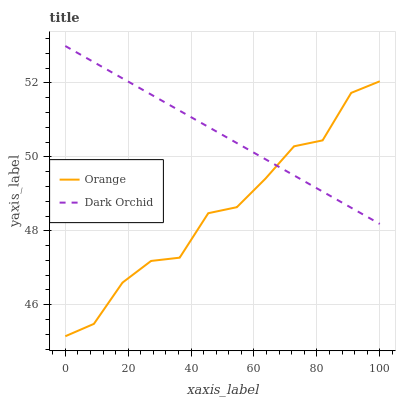
| xaxis_label | Orange | Dark Orchid |
 | --- | --- | --- |
 | 0 | 45.1 | 53 |
 | 9.09 | 45.5 | 52.6 |
 | 18.2 | 46.6 | 52.1 |
 | 27.3 | 47.2 | 51.7 |
 | 36.4 | 47.3 | 51.2 |
 | 45.5 | 48.5 | 50.8 |
 | 54.5 | 48.6 | 50.4 |
 | 63.6 | 49.4 | 49.9 |
 | 72.7 | 50.3 | 49.5 |
 | 81.8 | 50.4 | 49.1 |
 | 90.9 | 51.7 | 48.6 |
 | 100 | 52 | 48.2 |